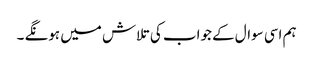
ہم اسی سوال کے جواب کی تلاش میں ہونگے ۔